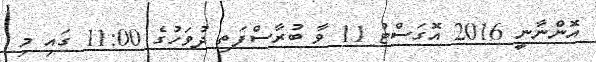
އޮންނާނީ 2016 އޮގަސްޓު 11 ވާ ބުރާސްފަތި ދުވަހުގެ 11:00 ގައި މި